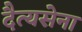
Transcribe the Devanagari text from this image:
दैत्यसेना